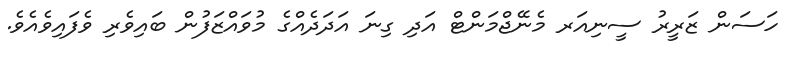
ހަސަން ޒަރީރު ސީނިއަރ މެނޭޖްމަންޓް އަދި ގިނަ އަދަދެއްގެ މުވައްޒަފުން ބައިވެރި ވެފައިވެއެވެ.